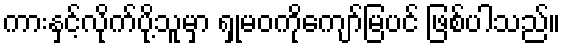
ကားနှင့်လိုက်ပို့သူမှာ ရှုမဝကိုကျော်မြပင် ဖြစ်ပါသည်။